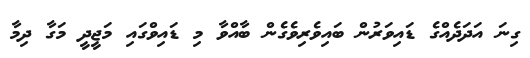
ގިނަ އަދަދެއްގެ ޑައިވަރުން ބައިވެރިވެގެން ބާއްވާ މި ޑައިވްގައި މަޖީދީ މަގާ ދިމާ